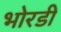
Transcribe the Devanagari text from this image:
भोरडी